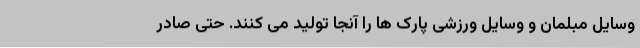
وسایل مبلمان و وسایل ورزشی پارک ها را آنجا تولید می کنند. حتی صادر